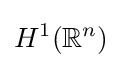
H^{1}(\mathbb {R} ^{n})